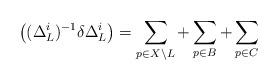
LaTeX: \begin{align*} \left( (\Delta^i_L)^{-1} \delta \Delta_L^i\right) = \sum_{p \in X \backslash L } + \sum_{p \in B} + \sum_{p \in C} \end{align*}